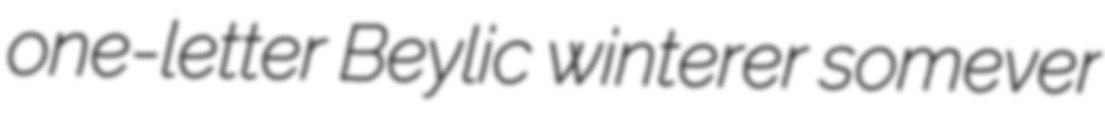
one-letter Beylic winterer somever